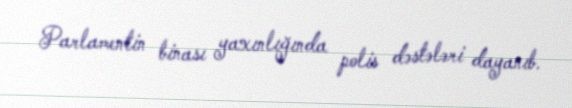
Parlamentin binası yaxınlığında polis dəstələri dayanıb.